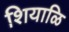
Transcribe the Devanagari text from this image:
शियाळि